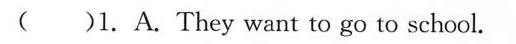
( )1. A.They want to go to school.